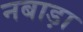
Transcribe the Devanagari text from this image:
नबाड़ा